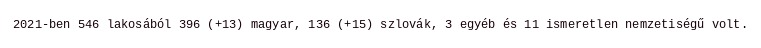
2021-ben 546 lakosából 396 (+13) magyar, 136 (+15) szlovák, 3 egyéb és 11 ismeretlen nemzetiségű volt.